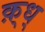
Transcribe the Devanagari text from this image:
क़्ध्